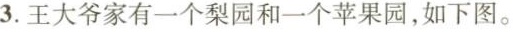
3.王大爷家有一个梨园和一个苹果园，如下图。